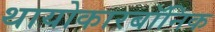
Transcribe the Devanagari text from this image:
थायोकारबॉनिक